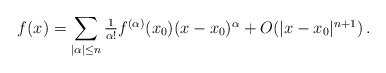
\begin{align*}f(x)=\sum_{|\alpha|\le n}\textstyle\frac1{\alpha!}f^{(\alpha)}(x_0)(x-x_0)^\alpha+O(|x-x_0|^{n+1})\,.\end{align*}